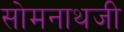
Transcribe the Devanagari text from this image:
सोमनाथजी